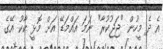
އެ ދެ މީހުން "ޖަޖުކުރާ" ނަމަ އައްމަޑޭ އަށް މޮޅީ ކާކު އޭގެ